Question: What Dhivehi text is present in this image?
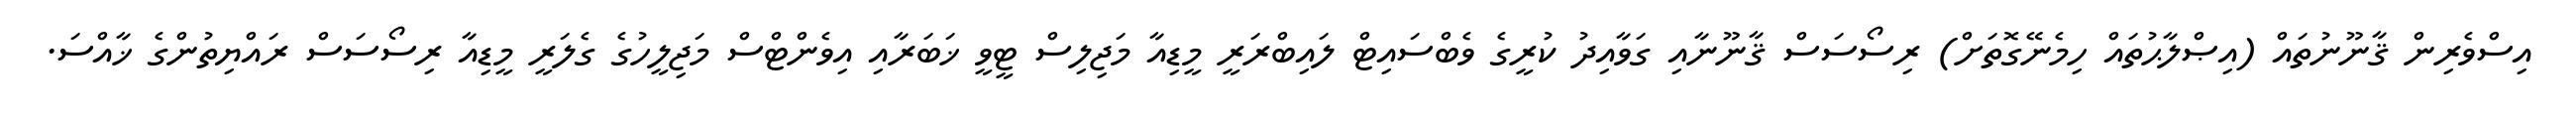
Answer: އިސްވެރިން ޤާނޫނުތައް (އިޞްލާޙުތައް ހިމެނޭގޮތަށް) ރިސޯސަސް ޤާނޫނާއި ގަވާއިދު ކުރީގެ ވެބްސައިޓް ލައިބްރަރީ މީޑިއާ މަޖިލިސް ޓީވީ ޚަބަރާއި އިވެންޓްސް މަޖިލީހުގެ ގެލަރީ މީޑިއާ ރިސޯސަސް ރައްޔިތުންގެ ޚާއްސަ.